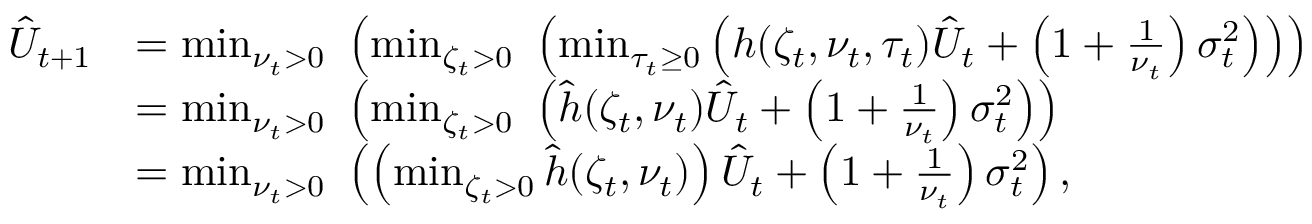
\begin{array} { r l } { \hat { U } _ { t + 1 } } & { = \operatorname* { m i n } _ { \nu _ { t } > 0 } \, \, \left( \operatorname* { m i n } _ { \zeta _ { t } > 0 } \, \, \left( \operatorname* { m i n } _ { \tau _ { t } \geq 0 } \left( h ( \zeta _ { t } , \nu _ { t } , \tau _ { t } ) \hat { U } _ { t } + \left( 1 + \frac { 1 } { \nu _ { t } } \right) \sigma _ { t } ^ { 2 } \right) \right) \right) } \\ & { = \operatorname* { m i n } _ { \nu _ { t } > 0 } \, \, \left( \operatorname* { m i n } _ { \zeta _ { t } > 0 } \, \, \left( \hat { h } ( \zeta _ { t } , \nu _ { t } ) \hat { U } _ { t } + \left( 1 + \frac { 1 } { \nu _ { t } } \right) \sigma _ { t } ^ { 2 } \right) \right) } \\ & { = \operatorname* { m i n } _ { \nu _ { t } > 0 } \, \, \left( \left( \operatorname* { m i n } _ { \zeta _ { t } > 0 } \hat { h } ( \zeta _ { t } , \nu _ { t } ) \right) \hat { U } _ { t } + \left( 1 + \frac { 1 } { \nu _ { t } } \right) \sigma _ { t } ^ { 2 } \right) , } \end{array}